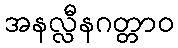
အနလ္လီနဂတ္တာဝ